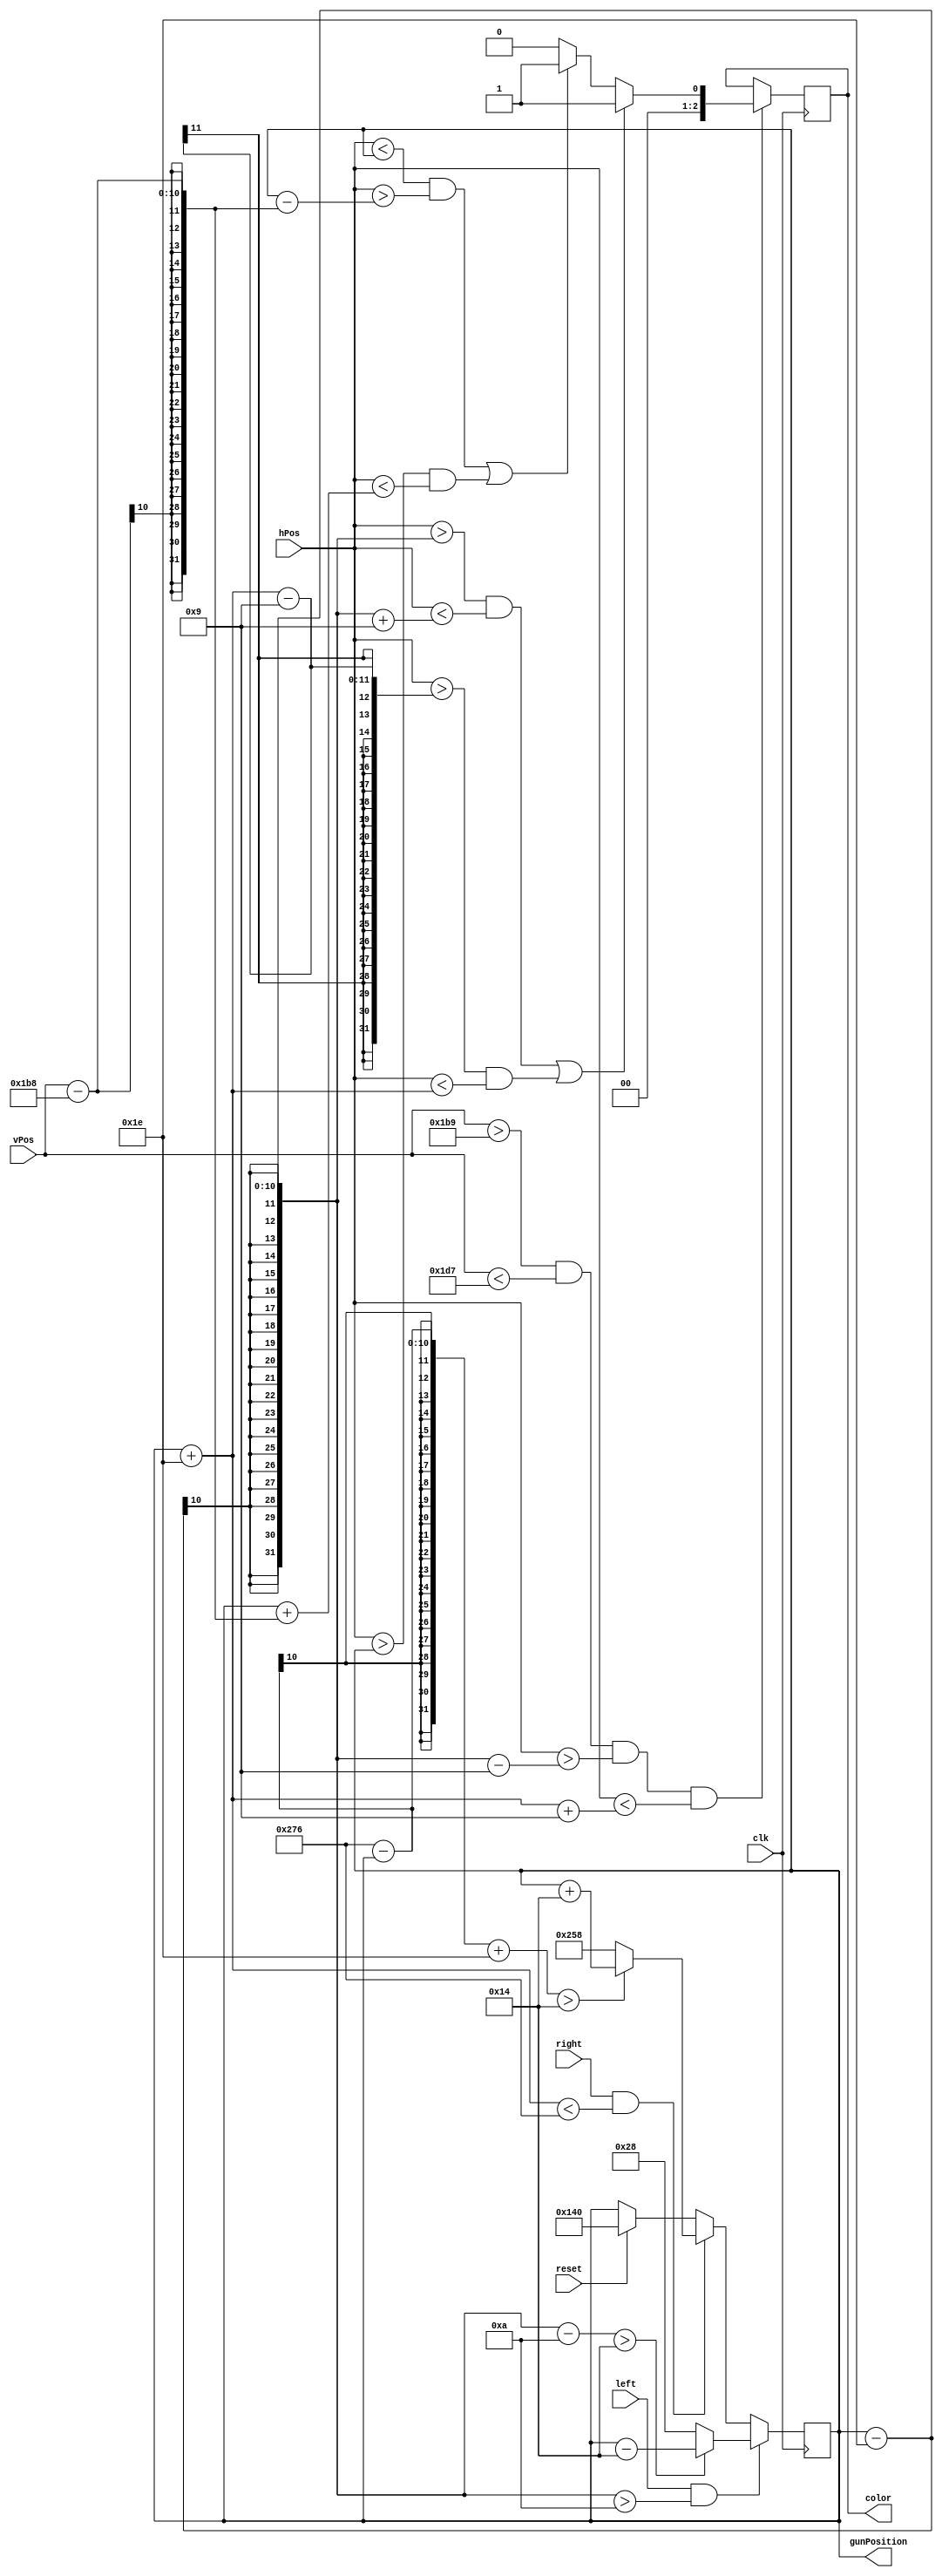


`timescale 1ns / 1ps
//////////////////////////////////////////////////////////////////////////////////
// Company:
// Engineer:
//
// Design Name:
// Module Name:    SpaceShip
// Project Name:
// Target Devices:
// Tool versions:
// Description:
//
// Dependencies:
//
// Revision:
// Revision 0.01 - File Created
// Additional Comments:
//
//////////////////////////////////////////////////////////////////////////////////
module SpaceShip(
    input clk,
    input reset,
    input left,
    input right,
    input [9:0] hPos,
    input [9:0] vPos,
    output reg [9:0] gunPosition,
    output reg [2:0] color
    );

parameter SCREEN_WIDTH = 640 ;
parameter SCREEN_HEIGHT = 480 ;
    
parameter SHIP_WIDTH = 61 ; // Width of the ship
parameter SHIP_HEIGHT = 30 ; // Height of the ship
    
parameter STEP = 20 ; // Nb pixel for moving the ship
    

parameter BACKGROUND = 0 ;
parameter SPACESHIP = 1 ;
parameter ALIENS0 = 2 ;
parameter ALIENS1 = 3 ;
parameter ALIENS2 = 4 ;
parameter ALIENS3 = 5 ;
parameter LASER = 6 ;
parameter NONE = 7 ;
    
parameter RECT_PERCENT = 15 ; // Percentage of the WIDTH
localparam RECT_WIDTH = SHIP_WIDTH*RECT_PERCENT/100;
    
parameter V_OFFSET = 10 ; // Number of pixels between bottom of the screen and ship
parameter H_OFFSET = 10 ; // Horizontal margin (we don't touch the side of the screen)
    
localparam NB_PIXELS_DOWN = SCREEN_HEIGHT - SHIP_HEIGHT - H_OFFSET;

always @(posedge clk) begin
        
    // We init our position in the middle of the screen (could be random?)
                if (reset) begin
                                gunPosition <= SCREEN_WIDTH/2;
                end
    // If we are not already full right :                 
    if (right && gunPosition + SHIP_WIDTH/2 < SCREEN_WIDTH - H_OFFSET) begin
                        // If we have enough space to take a full step : 
                        if (SCREEN_WIDTH - H_OFFSET - gunPosition + SHIP_WIDTH/2 > STEP) begin
                                gunPosition <= gunPosition + STEP ;
                        end
                        // Otherwise, we stick to the side - offset : 
                        else gunPosition <= SCREEN_WIDTH - H_OFFSET - SHIP_WIDTH/2 ;
                                
                end
                
                
     // Same on the left         
    if (left && gunPosition - SHIP_WIDTH/2 > H_OFFSET) begin
                        if (gunPosition - SHIP_WIDTH/2 - H_OFFSET > STEP) begin
                                gunPosition <= gunPosition - STEP ;
                        end
                        else gunPosition <= H_OFFSET + SHIP_WIDTH/2 ;
                                
                       
                end
                
        
        
    // We now need to manage the color, meaning we have to compute our ship's shape 
    
    // First, we check if vPos and hPos are where our ship is
    if (vPos>(SCREEN_HEIGHT - SHIP_HEIGHT - H_OFFSET+1) && vPos < (SCREEN_HEIGHT - H_OFFSET+1) && hPos > gunPosition - SHIP_WIDTH/2 -  RECT_WIDTH && hPos < gunPosition + SHIP_WIDTH/2+ RECT_WIDTH) begin

            
         // After that, if hPos is where our rect. are or if vPos is at the base of our ship : color <= SPACESHIP              
            if ( (hPos > gunPosition - SHIP_WIDTH/2 && hPos < gunPosition - SHIP_WIDTH/2 + RECT_WIDTH) || (hPos > gunPosition + SHIP_WIDTH/2 - RECT_WIDTH && hPos < gunPosition + SHIP_WIDTH/2) ) begin

                color <= SPACESHIP;

            end  
         // We now have to manage the triangle : 
         // We consider that, starting from the top of the triangle, every pixel down will incr one pixel on each side 
         // of the triangle 
            
            // nb_pixels_down := vPos - (SCREEN_HEIGHT - SHIP_HEIGHT - H_OFFSET)
            // We need to compare hPos with gunPosition +/- nb_pixels_down
        else if ( (  hPos < gunPosition && hPos > (gunPosition - (vPos-NB_PIXELS_DOWN))  ) || ( hPos > gunPosition && hPos < gunPosition + (vPos-NB_PIXELS_DOWN)) ) begin

                color <= SPACESHIP;

            end
            else color <= BACKGROUND;

        end
        
end
        
endmodule